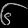
Digit: ၆